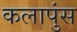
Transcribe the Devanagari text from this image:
कलापुंस